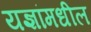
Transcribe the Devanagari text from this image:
यज्ञांमधील